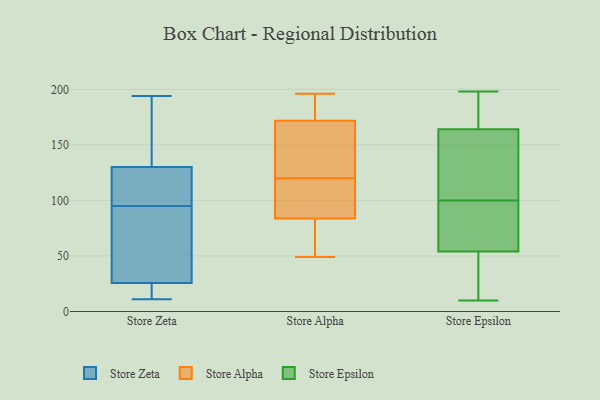
{"axis": {"x": "Tickets Resolved", "y": "Value"}, "legend": ["Store Alpha", "Store Epsilon", "Store Zeta"], "data": [{"x": "", "y": 45, "type": "Store Zeta"}, {"x": "", "y": 128, "type": "Store Zeta"}, {"x": "", "y": 12, "type": "Store Zeta"}, {"x": "", "y": 18, "type": "Store Zeta"}, {"x": "", "y": 105, "type": "Store Zeta"}, {"x": "", "y": 110, "type": "Store Zeta"}, {"x": "", "y": 136, "type": "Store Zeta"}, {"x": "", "y": 71, "type": "Store Zeta"}, {"x": "", "y": 168, "type": "Store Zeta"}, {"x": "", "y": 95, "type": "Store Zeta"}, {"x": "", "y": 19, "type": "Store Zeta"}, {"x": "", "y": 95, "type": "Store Zeta"}, {"x": "", "y": 11, "type": "Store Zeta"}, {"x": "", "y": 79, "type": "Store Zeta"}, {"x": "", "y": 194, "type": "Store Zeta"}, {"x": "", "y": 162, "type": "Store Zeta"}, {"x": "", "y": 28, "type": "Store Zeta"}, {"x": "", "y": 49, "type": "Store Alpha"}, {"x": "", "y": 120, "type": "Store Alpha"}, {"x": "", "y": 196, "type": "Store Alpha"}, {"x": "", "y": 74, "type": "Store Alpha"}, {"x": "", "y": 81, "type": "Store Alpha"}, {"x": "", "y": 135, "type": "Store Alpha"}, {"x": "", "y": 107, "type": "Store Alpha"}, {"x": "", "y": 159, "type": "Store Alpha"}, {"x": "", "y": 92, "type": "Store Alpha"}, {"x": "", "y": 121, "type": "Store Alpha"}, {"x": "", "y": 75, "type": "Store Alpha"}, {"x": "", "y": 193, "type": "Store Alpha"}, {"x": "", "y": 176, "type": "Store Alpha"}, {"x": "", "y": 113, "type": "Store Alpha"}, {"x": "", "y": 184, "type": "Store Alpha"}, {"x": "", "y": 98, "type": "Store Epsilon"}, {"x": "", "y": 34, "type": "Store Epsilon"}, {"x": "", "y": 65, "type": "Store Epsilon"}, {"x": "", "y": 32, "type": "Store Epsilon"}, {"x": "", "y": 164, "type": "Store Epsilon"}, {"x": "", "y": 155, "type": "Store Epsilon"}, {"x": "", "y": 174, "type": "Store Epsilon"}, {"x": "", "y": 134, "type": "Store Epsilon"}, {"x": "", "y": 100, "type": "Store Epsilon"}, {"x": "", "y": 11, "type": "Store Epsilon"}, {"x": "", "y": 184, "type": "Store Epsilon"}, {"x": "", "y": 10, "type": "Store Epsilon"}, {"x": "", "y": 100, "type": "Store Epsilon"}, {"x": "", "y": 169, "type": "Store Epsilon"}, {"x": "", "y": 198, "type": "Store Epsilon"}, {"x": "", "y": 97, "type": "Store Epsilon"}, {"x": "", "y": 54, "type": "Store Epsilon"}, {"x": "", "y": 123, "type": "Store Epsilon"}]}